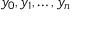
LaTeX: y _ { 0 } , y _ { 1 } , \dotsc , y _ { n }